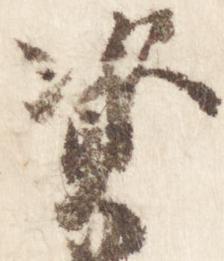
資